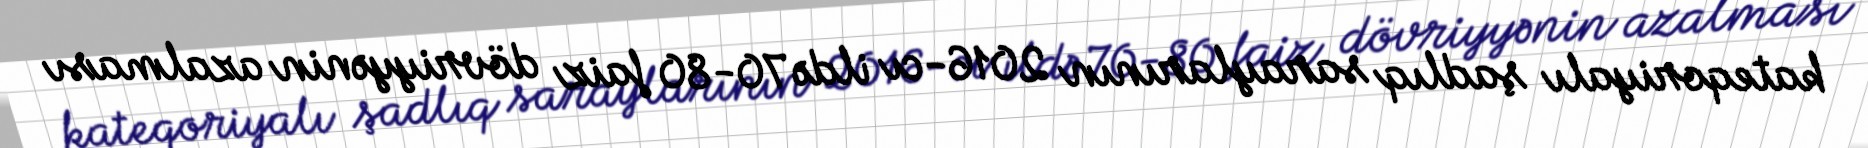
kateqoriyalı şadlıq saraylarının 2016-cı ildə 70-80 faiz dövriyyənin azalması